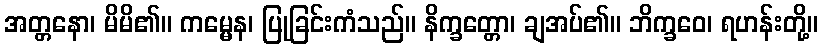
အတ္တနော၊ မိမိ၏။ ကမ္မေန၊ ပြုခြင်းကံသည်။ နိက္ခတ္တော၊ ချအပ်၏။ ဘိက္ခဝေ၊ ရဟန်းတို့။